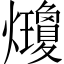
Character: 𤓇